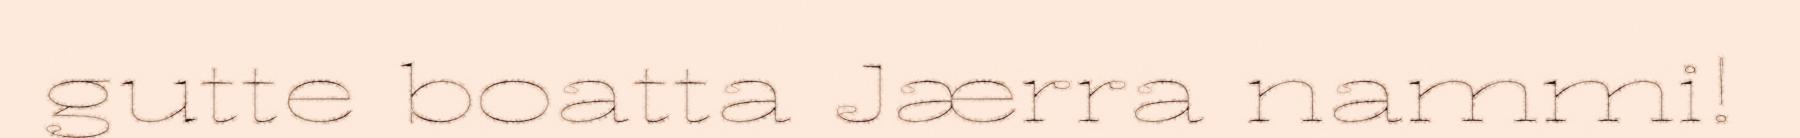
gutte boatta Jærra nammi!